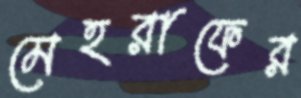
মেহরাফের